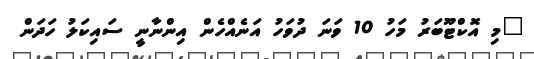
"މި އޮކްޓޫބަރު މަހު 10 ވަނަ ދުވަހު އަނެއްހެން އިންނާނީ ސައިކަލު ހަދަން